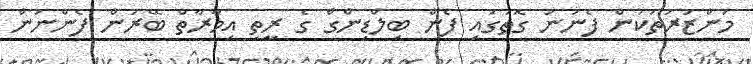
މަންޒަރުތަކުން ފެނުނު ގޮތުގައި ފެން ބިލްޑިންގް ގެ ރީތި އިމާރާތް ބޭރުން ފެންނަން